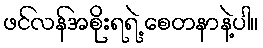
ဖင်လန်အစိုးရရဲ့ စေတနာနဲ့ပါ။